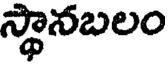
స్థానబలం